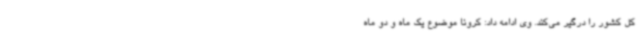
کل کشور را درگیر می‌کند. وی ادامه داد: کرونا موضوع یک ماه و دو ماه